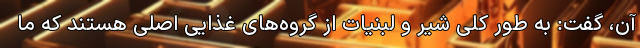
آن، گفت: به طور کلی شیر و لبنیات از گروه‌های غذایی اصلی هستند که ما